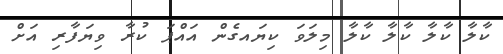
ކާލާ ކާލާ ކާލާ ކާލާ މިލަވަ ކިޔައގެން އައްޕަ ކުރާ ވިޔަފާރި އަށް